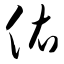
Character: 佑